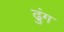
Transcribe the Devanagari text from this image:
ढुंग